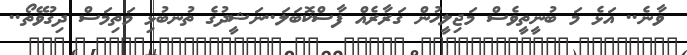
ވާނެ.. އަޅެ މަ ބުނީތީވެސް މަޖިލީހުން ގަރާރެއް ފާސްކޮބަލަ..ނަޝީދުގެ ތުނބުޅި މަތިމަސް ދިގުވޭތޯ..